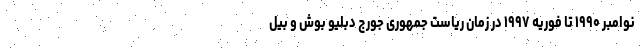
نوامبر ۱۹۹۰ تا فوریه ۱۹۹۷ در زمان ریاست جمهوری جورج دبلیو بوش و بیل